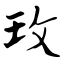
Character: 玫